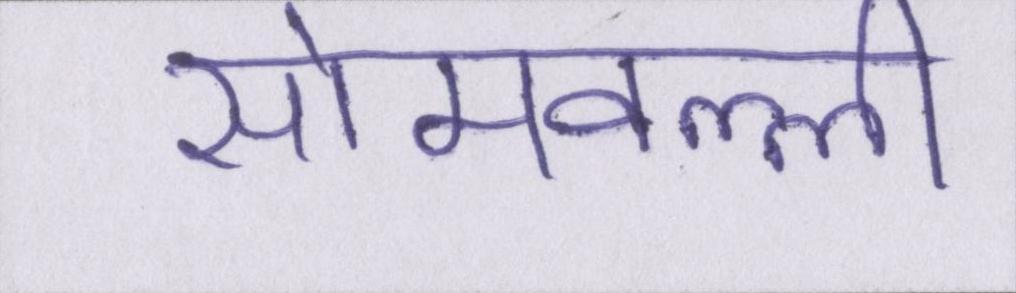
सोमवल्ली